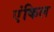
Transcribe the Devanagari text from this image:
एंकिल